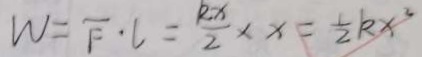
W = \overline { F } \cdot l = \frac { k x } { 2 } \times x = \frac { 1 } { 2 } k x ^ { 2 }